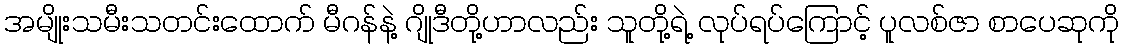
အမျိုးသမီးသတင်းထောက် မီဂန်နဲ့ ဂျိုဒီတို့ဟာလည်း သူတို့ရဲ့ လုပ်ရပ်ကြောင့် ပူလစ်ဇာ စာပေဆုကို